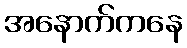
အနောက်ကနေ